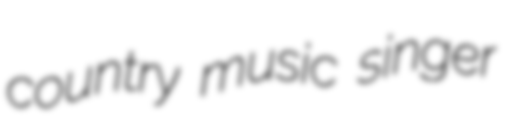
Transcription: country music singer